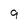
Character: 9